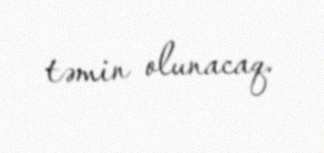
təmin olunacaq.